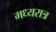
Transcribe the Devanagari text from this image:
मध्यरात्र